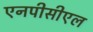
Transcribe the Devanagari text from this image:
एनपीसीएल